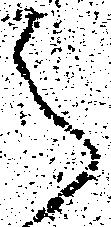
之